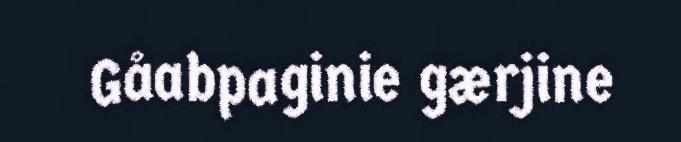
Gåabpaginie gærjine